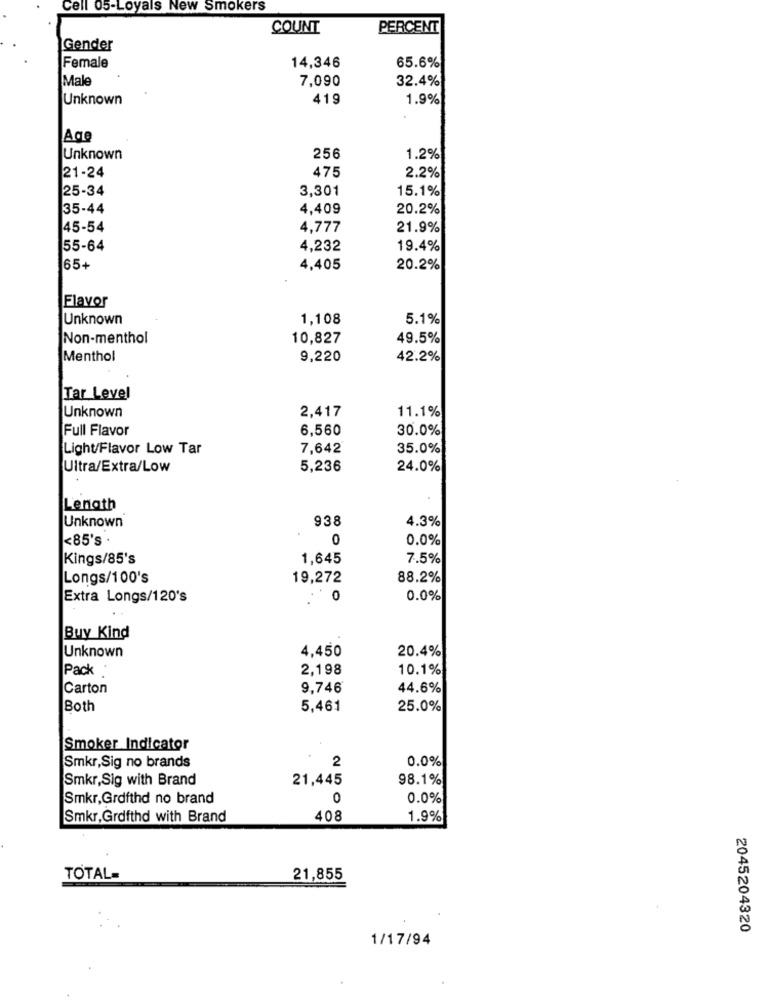
Cell 05-Loyals New Smokers
COUNT
PERCENT
Gender
Female
65.6%
14,346
Male
7,090
32.4%
Unknown
419
1.9%
Age
Unknown
256
1.2%
21-24
475
2.2%
25-34
3,301
15.1%
35-44
4,409
20.2%
45-54
4,777
21.9%
55-64
4,232
19.4%
65+
4,405
20.2%
Flavor
Unknown
1,108
5.1%
Non-menthol
10,827
49.5%
Menthol
9,220
42.2%
Tar Level
Unknown
2,417
11.1%
Full Flavor
6,560
30.0%
Light/Flavor Low Tar
7,642
35.0%
Ultra/Extra/Low
5,236
24.0%
Lenath
Unknown
938
4.3%
<85's .
0
0.0%
Kings/85's
1,645
7.5%
Longs/100's
19,272
88.2%
Extra Longs/120's
0
0.0%
Buy Kind
4,450
20.4%
Unknown
Pack :
2,198
10.1%
Carton
9,746
44.6%
Both
5,461
25.0%
Smoker Indicator
2
0.0%
Smkr,Sig no brands
Smkr,Sig with Brand
21,445
98.1%
Smkr,Grdfthd no brand
0
0.0%
Smkr, Grofthd with Brand
408
1.9%
TOTAL=
21,855
2045204320
1/17/94